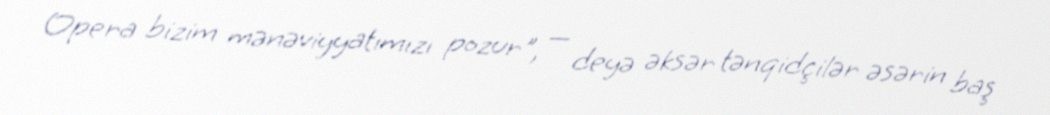
Opera bizim mənəviyyatımızı pozur", — deyə əksər tənqidçilər əsərin baş